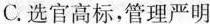
C.选官高标，管理严明